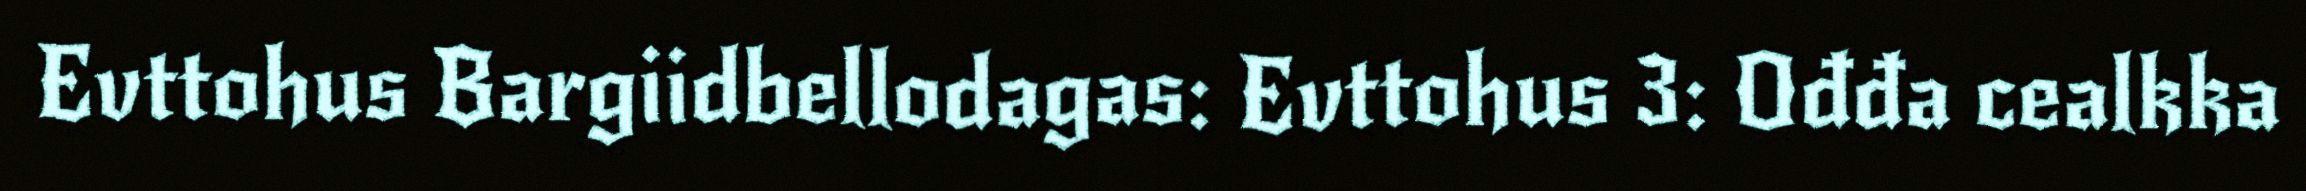
Evttohus Bargiidbellodagas: Evttohus 3: Ođđa cealkka